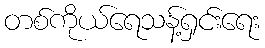
တစ်ကိုယ်ရေသန့်ရှင်းရေး